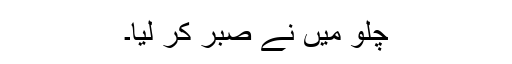
چلو میں نے صبر کر لیا۔